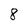
Character: 8